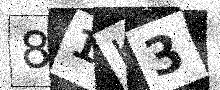
Text: 81K3